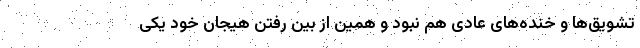
تشویق‌ها و خنده‌های عادی هم نبود و همین از بین رفتن هیجان خود یکی